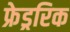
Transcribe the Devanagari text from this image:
फ्रेड्ररिक